Civil Veterinary Dept. Assam report 1911-1927 - 1911-1927
Year: 1911
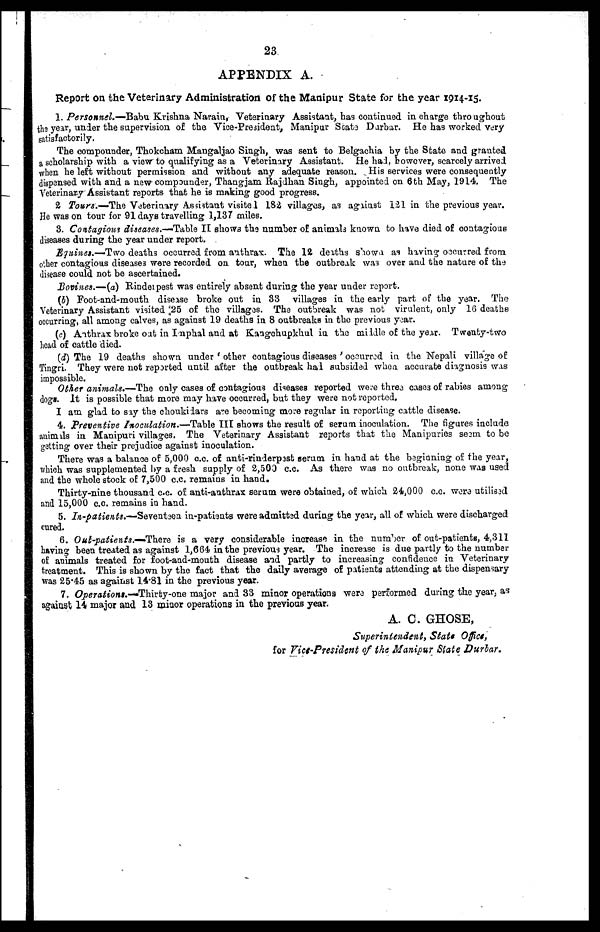
23
APPENDIX A.
Report on the Veterinary Administration of the Manipur State for the year 1914-15.
1. Personnel.—Babu Krishna Narain, Veterinary Assistant, has continued in charge throughout
the year, under the supervision of the Vice-President, Manipur State Durbar. He has worked very
satisfactorily.
The compounder, Thokcham Mangaljao Singh, was sent to Belgachia by the State and granted
a scholarship with a view to qualifying as a Veterinary Assistant. He had, however, scarcely arrived
when he left without permission and without any adequate reason. His services were consequently
dispensed with and a new compounder, Thangjam Rajdhan Singh, appointed on 6th May, 1914. The
Veterinary Assistant reports that he is making good progress.
2 Tours.—The Veterinary Assistant visitel 182 villages, as against 121 in the previous year.
He was on tour for 91 days travelling 1,137 miles.
3. Contagious diseases.—Table II shows the number of animals known to have died of contagious
diseases during the year under report.
Equines.-—Two deaths occurred from anthrax. The 12 deaths shown as having occurred from
other contagious diseases were recorded on tour, when the outbreak was over and the nature of the
disease could not be ascertained.
Bovines.—(a) Rinderpest was entirely absent during the year under report.
(5) Foot-and-mouth disease broke out in 33 villages in the early part of the year. The
Veterinary Assistant visited 25 of the villages. The outbreak was not virulent, only 16 deaths
occurring, all among calves, as against 19 deaths in 8 outbreaks in the previous year.
(c) Anthrax broke oat in Imphal and at Kangchupkhul in the middle of the year. Twenty-two
head of cattle died.
(d) The 19 deaths shown under ' other contagious diseases ' occurred in the Nepali village of
Tingri. They were not reported until after the outbreak had subsided when accurate diagnosis was
impossible.
Other animals.—'The only cases of contagious diseases reported were three case3 of rabies among
dogs. It is possible that more may have occurred, but they were not reported.
I am glad to say the choukidars are becoming more regular in reporting cattle disease.
4. Preventive Inoculation.—Table III shows the result of serum inoculation. The figures include
animals in Manipuri villages. The Veterinary Assistant reports that the Manipuries seem to be
getting over their prejudice against inoculation.
There was a balance of 5,000 c.c. of anti-rinderpest serum in hand at the beginning of the year,
which was supplemented by a fresh supply of 2,500 c.c. As there was no outbreak, none was used
and the whole stock of 7,500 c.c. remains in hand.
Thirty-nine thousand c.c. of anti-anthrax serum were obtained, of which 24,000 c.c. were utilised
and 15,000 c.c. remains in hand.
5. In-patients.—Seventeen in-patients were admitted during the year, all of which were discharged
cured.
6. Out-patients.-—There is a very considerable increase in the number of out-patients, 4,311
having been treated as against 1,664 in the previous year. The increase is due partly to the number
of animals treated for foot-and-mouth disease and partly to increasing confidence in Veterinary
treatment. This is shown by the fact that the daily average of patients attending at the dispensary
was 25.45 as against 14.81 in the previous year.
7. Operations.—Thirty-one major and 33 minor operations were performed during the year ; as
against 14 major and 13 minor operations in the previous year.
A. C. GHOSE,
Superintendent, State Office,
for Vice-President of the Manipur State Durbar.